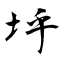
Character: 垀